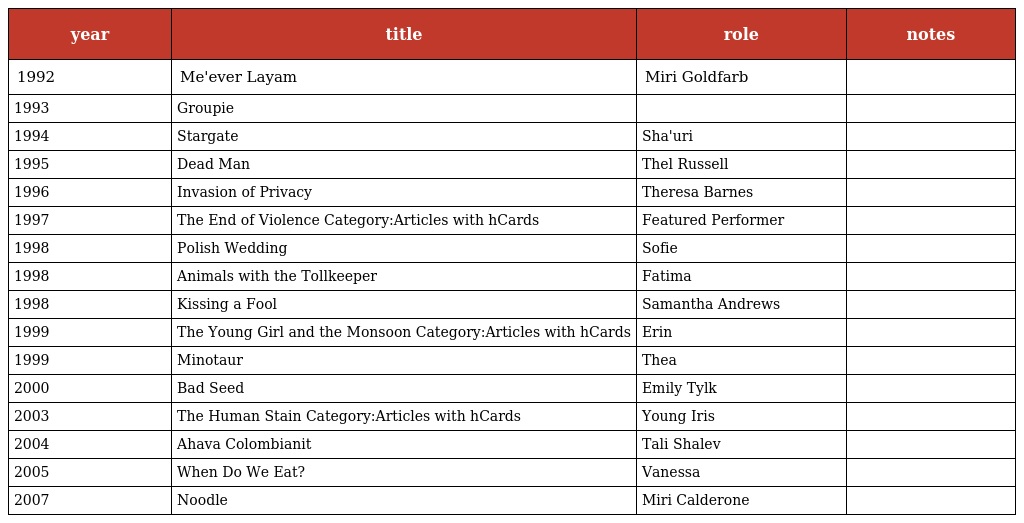
| year | title | role | notes |
 | --- | --- | --- | --- |
 | 1992 | Me'ever Layam | Miri Goldfarb |  |
 | 1993 | Groupie |  |  |
 | 1994 | Stargate | Sha'uri |  |
 | 1995 | Dead Man | Thel Russell |  |
 | 1996 | Invasion of Privacy | Theresa Barnes |  |
 | 1997 | The End of Violence Category:Articles with hCards | Featured Performer |  |
 | 1998 | Polish Wedding | Sofie |  |
 | 1998 | Animals with the Tollkeeper | Fatima |  |
 | 1998 | Kissing a Fool | Samantha Andrews |  |
 | 1999 | The Young Girl and the Monsoon Category:Articles with hCards | Erin |  |
 | 1999 | Minotaur | Thea |  |
 | 2000 | Bad Seed | Emily Tylk |  |
 | 2003 | The Human Stain Category:Articles with hCards | Young Iris |  |
 | 2004 | Ahava Colombianit | Tali Shalev |  |
 | 2005 | When Do We Eat? | Vanessa |  |
 | 2007 | Noodle | Miri Calderone |  |